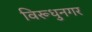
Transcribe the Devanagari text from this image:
विरूधुनगर